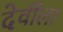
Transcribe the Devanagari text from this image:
देवींला